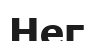
Нег